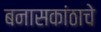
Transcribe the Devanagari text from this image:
बनासकांठाचे